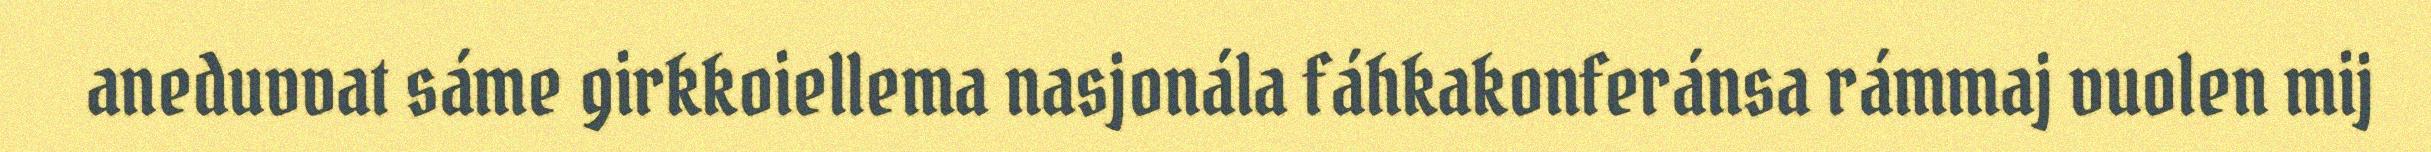
aneduvvat sáme girkkoiellema nasjonála fáhkakonferánsa rámmaj vuolen mij